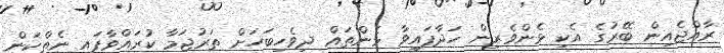
ރާއްޖެއިން ބޭރުގެ އެކި ޅެންވެރިން ހަދާފައިވާ ޅެންތައް ދިވެހިބަހަށް ތަރުޖަމާ ކުރައްވާފައި ނެތްކަން